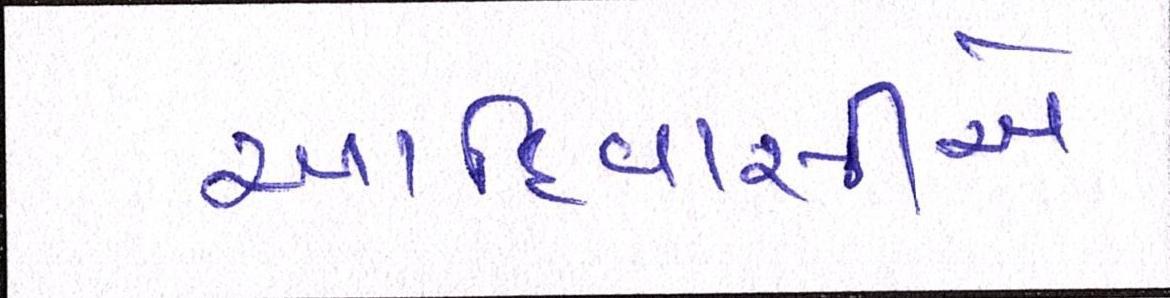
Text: આદિવાસીએ